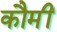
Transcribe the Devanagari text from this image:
कौमीं